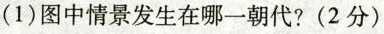
(1)图中情景发生在哪一朝代?(2分)